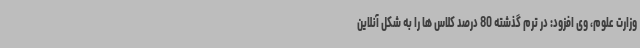
وزارت علوم، وی افزود: در ترم گذشته 80 درصد کلاس ها را به شکل آنلاین